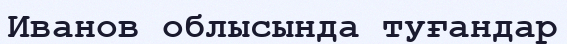
Иванов облысында туғандар